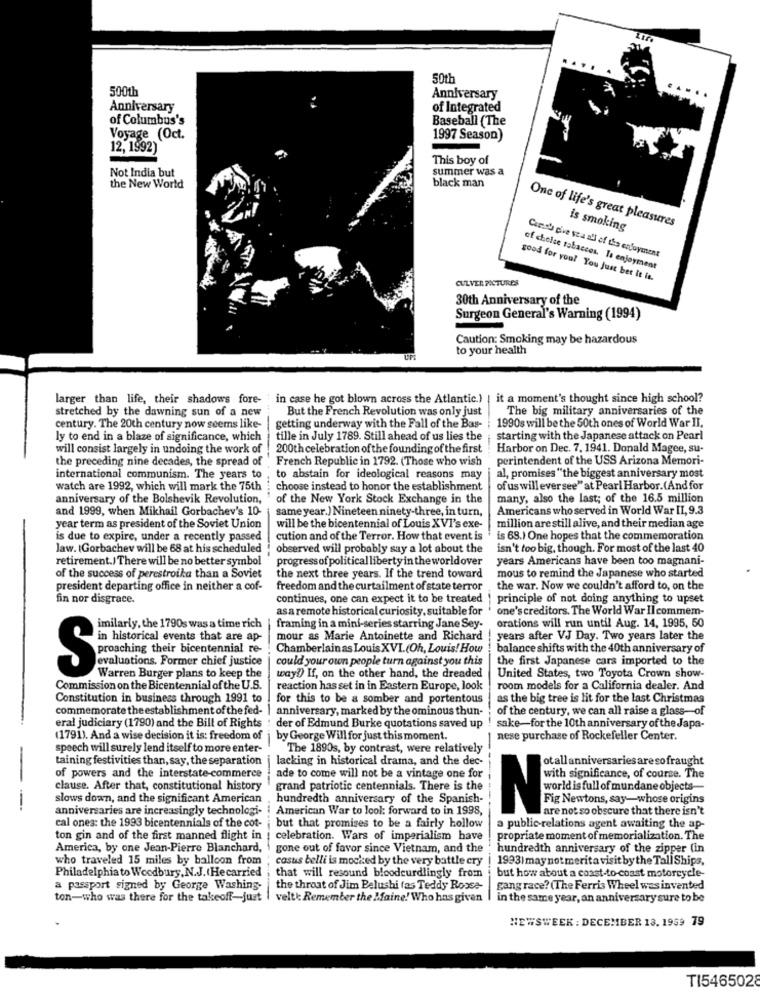
501
500th
Anniversary
Anniversary
of Integrated
of Columbus's
Baseball (The
Voyage (Oct.
1997 Season)
12, 1992)
This boy of
Not India but
summer was a
black man
the New World
One of life's great pleasures
is smoking
Carch c've sea all of the enjoyment
of chelse tobacces. Is enjoyment
CULVER PICTURES
good for you! You Just ber it is.
30th Anniversary of the
Surgeon General's Warning (1994)
Caution: Smoking may be hazardous
to your health
larger than life, their shadows fore- in case he got blown across the Atlantic.) | it a moment's thought since high school?
stretched by the dawning sun of a new
But the French Revolution was only just
The big military anniversaries of the
1990s will be the 50th ones of World War II.
century. The 20th century now seems like- | getting underway with the Fall of the Bas-
ly to end in a blaze of significance, which
tille in July 1789. Still ahead of us lies the
starting with the Japanese attack on Pearl
will consist largely in undoing the work of
200th celebration of the founding of the first
Harbor on Dec. 7. 1941. Donald Magee, su-
the preceding nine decades, the spread of
French Republic in 1792. (Those who wish
perintendent of the USS Arizona Memori-
international communism. The years to
to abstain for ideological reasons may
al, promises "the biggest anniversary most
watch are 1992, which will mark the 75th : choose instead to honor the establishment
of us will eversee" at Pearl Harbor.(And for
anniversary of the Bolshevik Revolution,
of the New York Stock Exchange in the
many, also the last; of the 16.5 million
and 1999, when Mikhail Gorbachev's 10-
same year.) Nineteen ninety-three, in turn,
Americans who served in World War II, 9.3
year term as president of the Soviet Union
will be the bicentennial of Louis XVI's exe-
million are still alive, and their median age
is due to expire, under a recently passed
cution and of the Terror. How that event is
is 68.) One hopes that the commemoration
law. (Gorbachev will be 68 at his scheduled
observed will probably say a lot about the
isn't too big, though. For most of the last 40
retirement.) There will be no better symbol
progress of political liberty in the worldover
years Americans have been too magnani-
of the success of perestroika than a Soviet
the next three years. If the trend toward
mous to remind the Japanese who started
president departing office in neither a cof-
freedom and the curtailment of state terror
the war. Now we couldn't afford to, on the
fin nor disgrace.
continues, one can expect it to be treated
principle of not doing anything to upset
asa remote historical curiosity, suitable for
one's creditors. The World War II commem-
orations will run until Aug. 14, 1995, 50
imilarly, the 1790s was a time rich
framing in a mini-series starring Jane Sey-
in historical events that are ap-
mour as Marie Antoinette and Richard
years after VJ Day. Two years later the
Chamberlain as Louis XVI.(Oh, Louis! How
balance shifts with the 40th anniversary of
could your own people turn against you this
the first Japanese cars imported to the
traten their bicentennial to-
evaluations. Former chief justice
Warren Burger plans to keep the
way?) If, on the other hand, the dreaded
United States, two Toyota Crown show-
Commission on the Bicentennial of the U.S.
reaction has set in in Eastern Europe, look
room models for a California dealer. And
Constitution in business through 1991 to
for this to be a somber and portentous
as the big tree is lit for the last Christmas
commemorate the establishment of the fed-
anniversary, marked by the ominous thun-
of the century, we can all raise a glass-of
eral judiciary (1790) and the Bill of Rights
der of Edmund Burke quotations saved up
sake-for the 10th anniversary of the Japa-
(1791). And a wise decision it is: freedom of | by George Will for just this moment.
nese purchase of Rockefeller Center.
speech will surely lend itself to more enter-
The 1890s, by contrast, were relatively
taining festivities than, say, the separation
lacking in historical drama, and the dec-
otall anniversaries aresofraught
of powers and the interstate-commerce
ade to come will not be a vintage one for
with significance, of course. The
clause. After that, constitutional history
grand patriotic centennials. There is the
slows down, and the significant American
hundredth anniversary of the Spanish-
Fig Newtons, say-whose origins
anniversaries are increasingly technologi-
American War to look forward to in 1998,
NA allof mundane object-
are not so obscure that there isn't
cal ones: the 1993 bicentennials of the cot-
but that promises to be a fairly hollow
a public-relations agent awaiting the ap-
ton gin and of the first manned flight in | celebration. Wars of imperialism have
propriate moment of memorialization. The
America, by one Jean-Pierre Blanchard,
gone out of favor since Vietnam, and the
hundredth anniversary of the zipper (in
who traveled 15 miles by balloon from
casus belli is mocked by the very battle cry
1993) may not merita visit by the Tall Ships,
Philadelphia to Woodbury, N.J. Hecarried
but how about a coast-to-coast motorcycle-
that will resound bloodcurdlingly from
a passport signed by George Washing-
the throat of Jim Belushi (as Teddy Rosse-
gang race? (The Ferris Wheel was invented
ton-who was there for the takeoff-just | velt): Remember the Maine! Who has given
in the same year, an anniversary sure to be
NEWSWEEK : DECEMBER 13. 1959 79
TI5465028